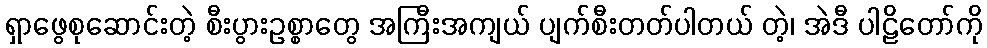
ရှာဖွေစုဆောင်းတဲ့ စီးပွားဥစ္စာတွေ အကြီးအကျယ် ပျက်စီးတတ်ပါတယ် တဲ့၊ အဲဒီ ပါဠိတော်ကို